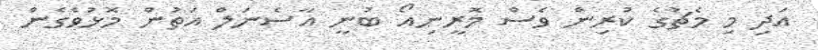
އަދި މި މެޗުގެ ކުރިން ވެސް މޮރީނިއޯ ބުނީ އާސެނަލް އަތުން މޮޅުވެގެން